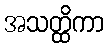
အသတ္ထိကာ